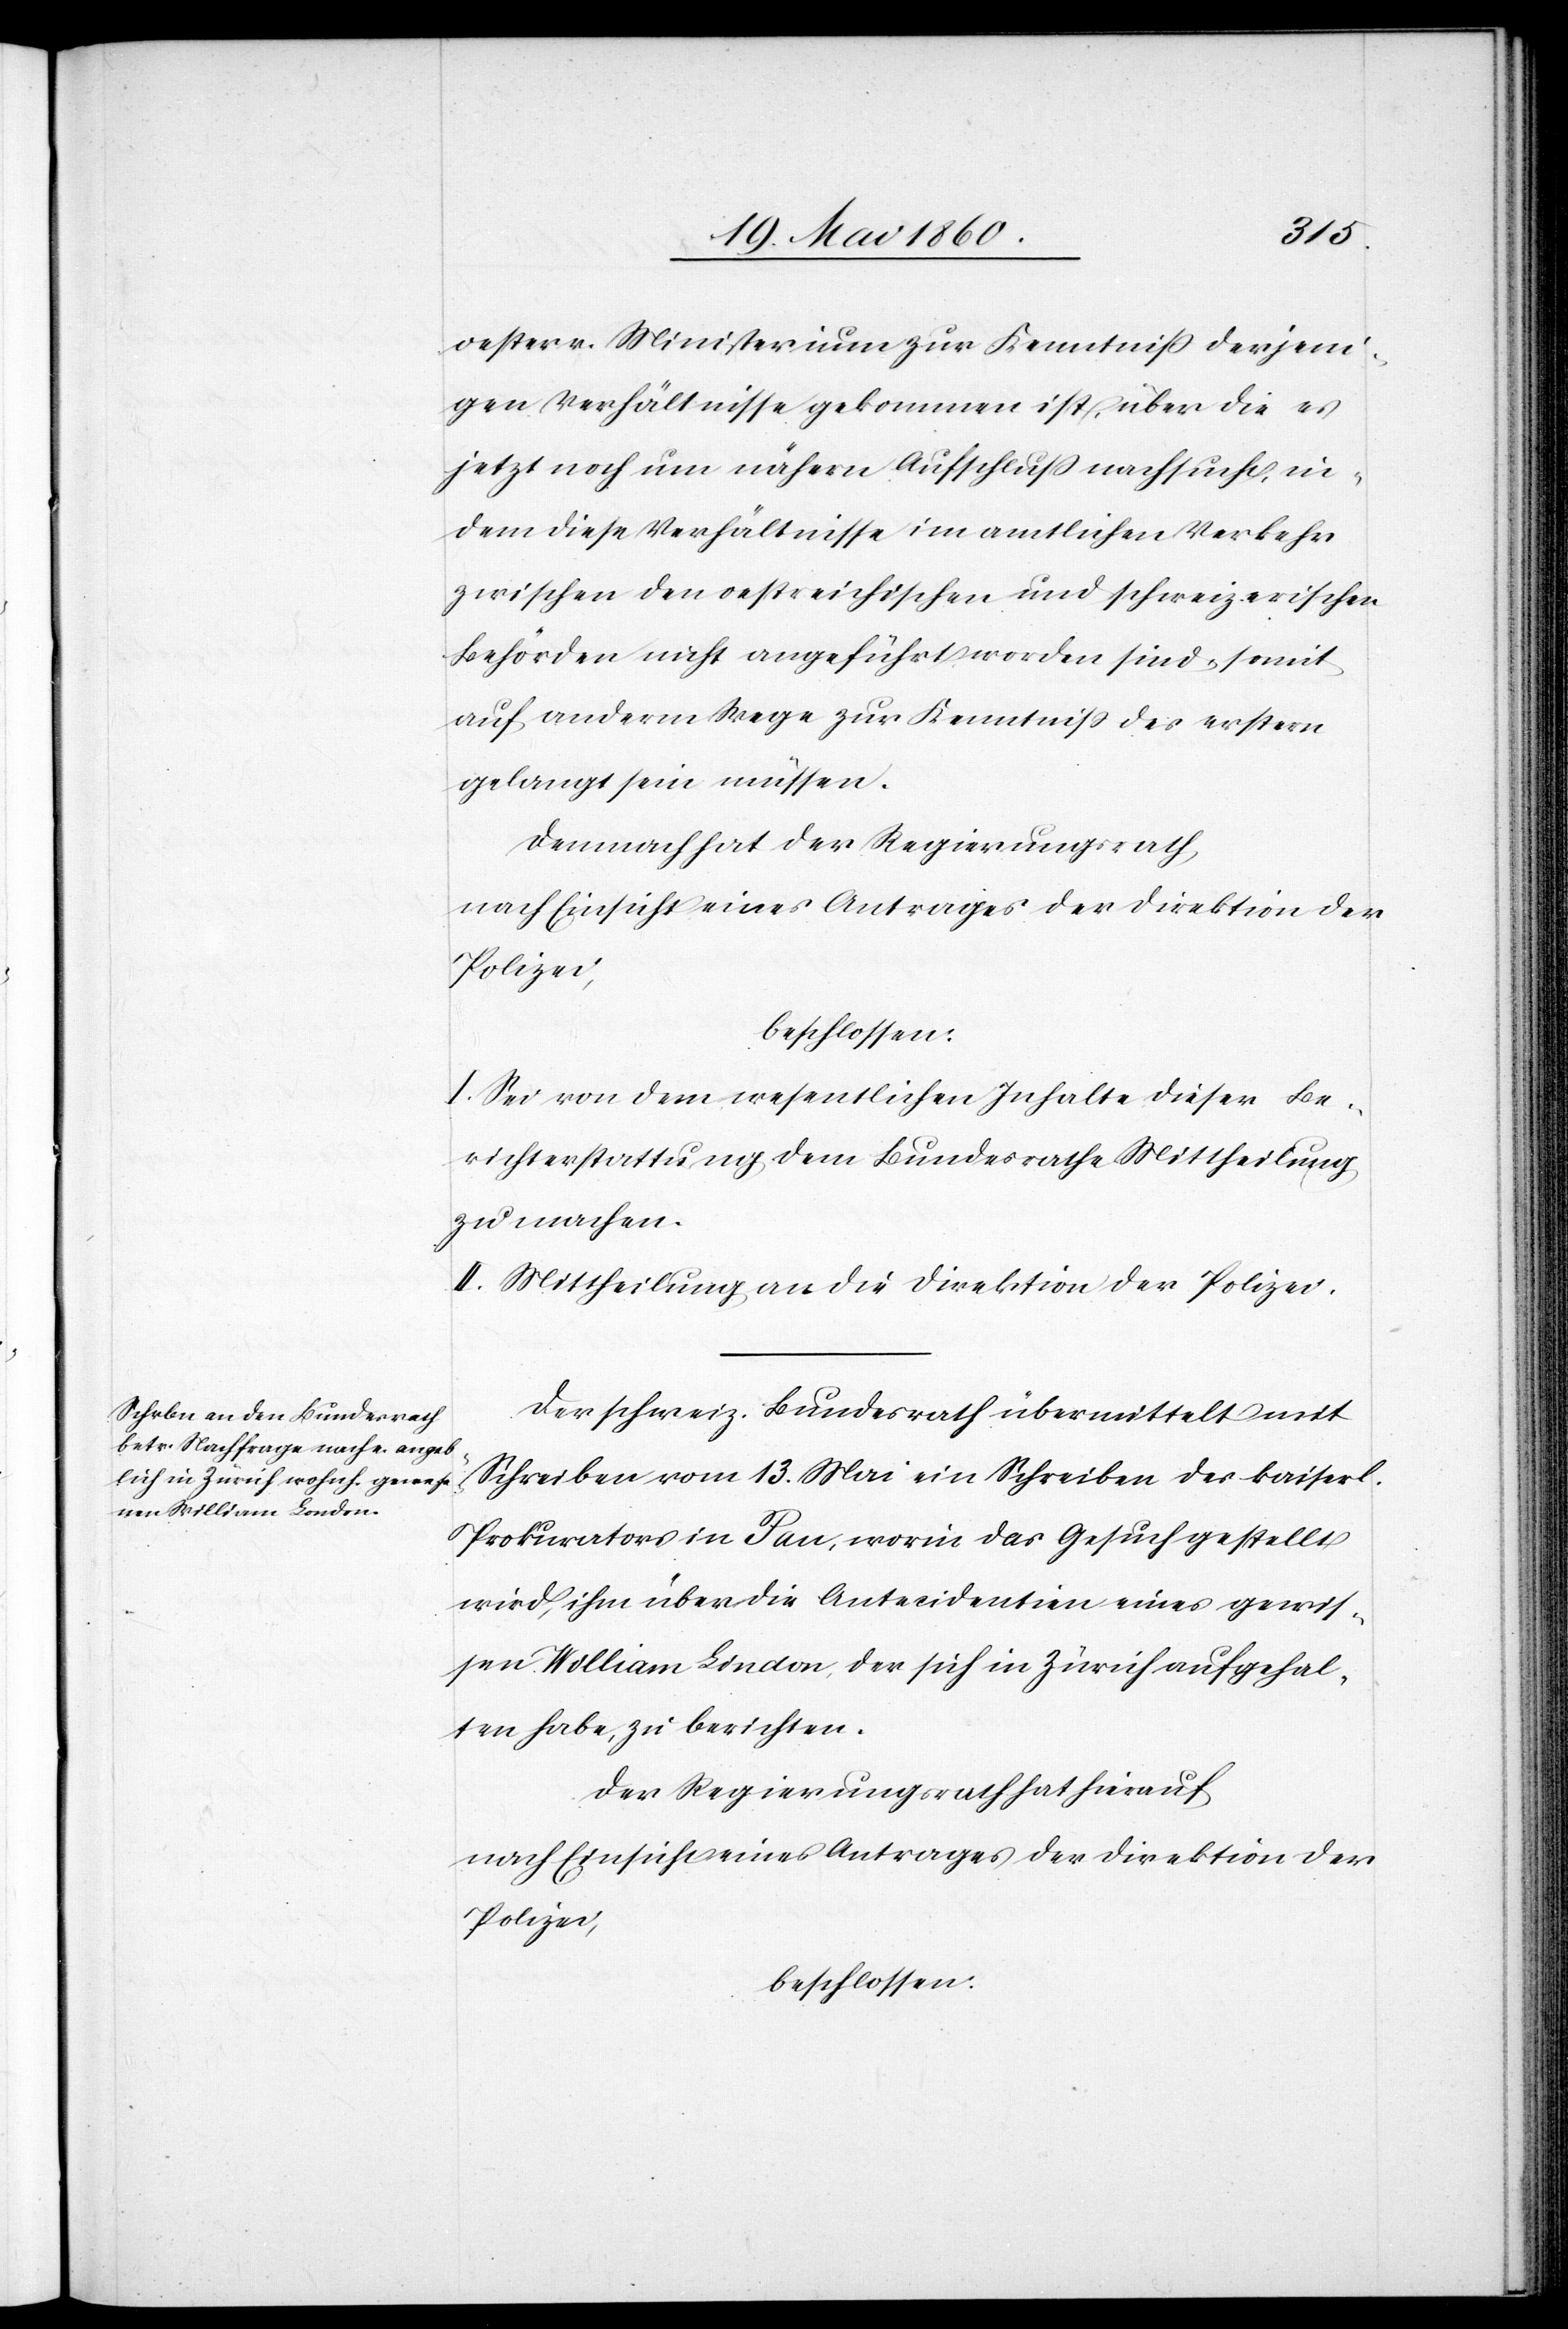
oesterr. Ministerium zur Kenntniss derjeni¬
gen Verhältnisse gekommen ist, über die es
jetzt noch um nähern Aufschluss nachsucht, in¬
dem diese Verhältnisse im amtlichen Verkehr
zwischen den oestreichischen und schweizerischen
Behörden nicht angeführt worden sind, somit
auf anderm Wege zur Kenntniss des erstern
gelangt sein müssen.
Demnach hat der Regierungsrath,
nach Einsicht eines Antrages der Direktion der
Polizei,
beschlossen:
I. Sei von dem wesentlichen Inhalte dieser Be¬
richterstattung dem Bundesrathe Mittheilung
zu machen.
II. Mittheilung an die Direktion der Polizei.
Der schweiz. Bundesrath übermittelt mit
Schreiben vom 13. Mai ein Schreiben des kaiserl.
Prokurators in Pan, worin das Gesuch gestellt
wird, ihm über die Antecidentien eines gewis¬
sen William Lindon, der sich in Zürich aufgehal¬
ten habe, zu berichten.
Der Regierungsrath hat hierauf:
Polizei,
beschlossen: